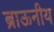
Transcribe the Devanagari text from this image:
ब्राऊनीय